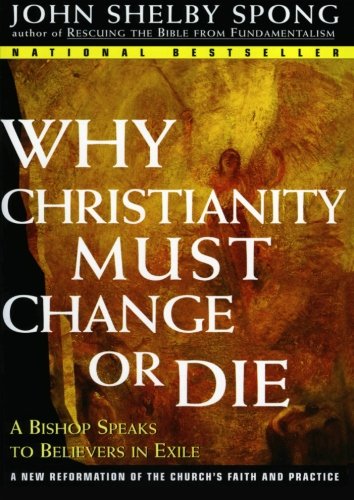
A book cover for Why Christianity Must Change or Die: A Bishop Speaks to Believers In Exile; John Shelby Spong; Christian Books & Bibles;